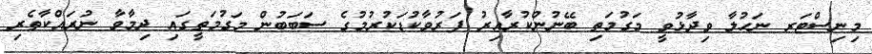
މިނިސްޓަރ ނަހުލާ ވިދާޅުވީ މަގުމަތި ބޭނުންކުރާއިރު ފަރުވާކުޑަކުރުމުގެ ސަބަބުން މަގުމަތީގައި ދިމާވާ ނުރައްކާތެރި